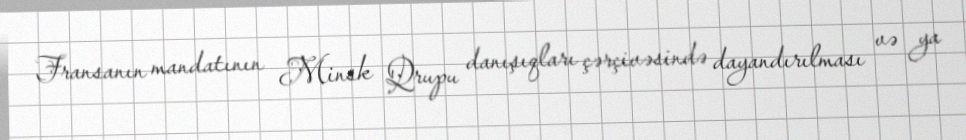
Fransanın mandatının Minsk Qrupu danışıqları çərçivəsində dayandırılması və ya